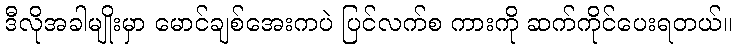
ဒီလိုအခါမျိုးမှာ မောင်ချစ်အေးကပဲ ပြင်လက်စ ကားကို ဆက်ကိုင်ပေးရတယ်။